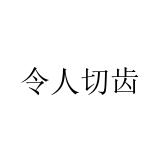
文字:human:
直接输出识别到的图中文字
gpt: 令人切齿